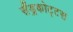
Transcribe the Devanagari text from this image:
सैंड्रकोट्टस